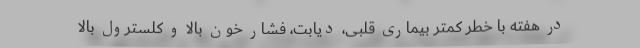
در هفته با خطر کمتر بیماری قلبی، دیابت، فشار خون بالا و کلسترول بالا